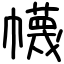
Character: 幭